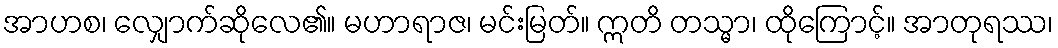
အာဟစ၊ လျှောက်ဆိုလေ၏။ မဟာရာဇ၊ မင်းမြတ်။ ဣတိ တသ္မာ၊ ထိုကြောင့်။ အာတုရဿ၊